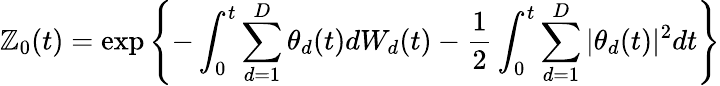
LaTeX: \mathbb{Z}_{0}(t)=\exp\left\{ -\int_{0}^{t}\sum_{d=1}^{D}\theta_{d}(t)dW_{d}(t)-{\frac{{1}}{{2}}}\int_{0}^{t}\sum_{d=1}^{D}|\theta_{d}(t)|^{2}dt\right\}